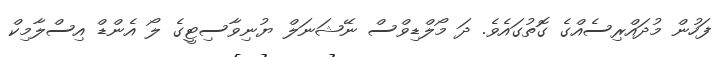
ފަހުން މުދައްރިސެއްގެ ގޮތުގައެވެ. ދަ މޯލްޑިވްސް ނޭޝަނަލް ޔުނިވާސިޓީގެ ލޯ އެންޑް އިސްލާމިކް